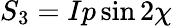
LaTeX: S_{3}=Ip\sin 2\chi